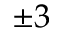
\pm 3